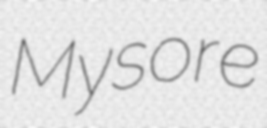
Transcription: Mysore